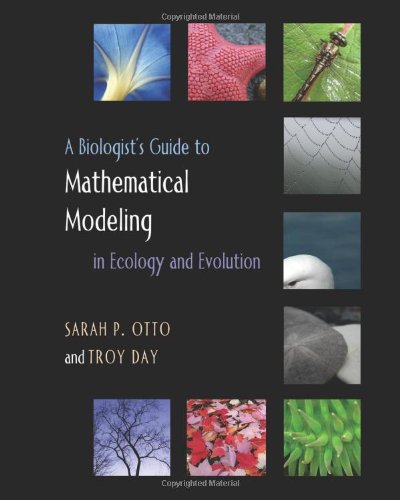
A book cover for A Biologist's Guide to Mathematical Modeling in Ecology and Evolution; Sarah P. Otto; Science & Math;